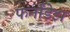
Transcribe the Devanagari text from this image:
फर्नांडेझ